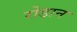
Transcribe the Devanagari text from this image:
रोडान